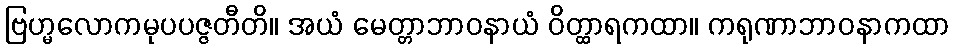
ဗြဟ္မလောကမုပပဇ္ဇတီတိ။ အယံ မေတ္တာဘာဝနာယံ ဝိတ္ထာရကထာ။ ကရုဏာဘာဝနာကထာ